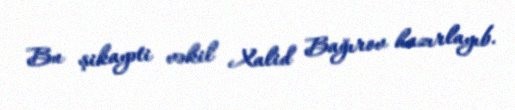
Bu şikayəti vəkil Xalid Bağırov hazırlayıb.